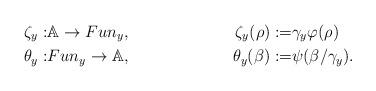
LaTeX: \begin{align*}\zeta_y : &{{\mathbb{A}}} \to Fun_y, & \zeta_y(\rho):=& \gamma_y \varphi(\rho) \\\theta_y: &Fun_y \to {{\mathbb{A}}}, & \theta_y(\beta) :=& \psi(\beta / \gamma_y). \end{align*}